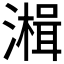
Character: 𰝒